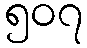
၅၀၇